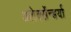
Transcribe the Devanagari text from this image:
अलेक्सेंन्डर्या